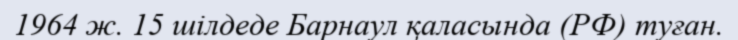
1964 ж. 15 шілдеде Барнаул қаласында (РФ) туған.